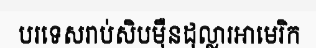
បរទេសរាប់សិបម៉ឺនដុល្លារអាមេរិក